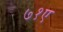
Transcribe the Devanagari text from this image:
७१ए